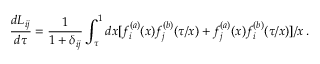
\frac { d L _ { i j } } { d \tau } = \frac { 1 } { 1 + \delta _ { i j } } \int _ { \tau } ^ { 1 } d x [ f _ { i } ^ { ( a ) } ( x ) f _ { j } ^ { ( b ) } ( \tau / x ) + f _ { j } ^ { ( a ) } ( x ) f _ { i } ^ { ( b ) } ( \tau / x ) ] / x \, .